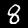
Label: 8